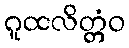
ဂူထလိတ္တံဝ